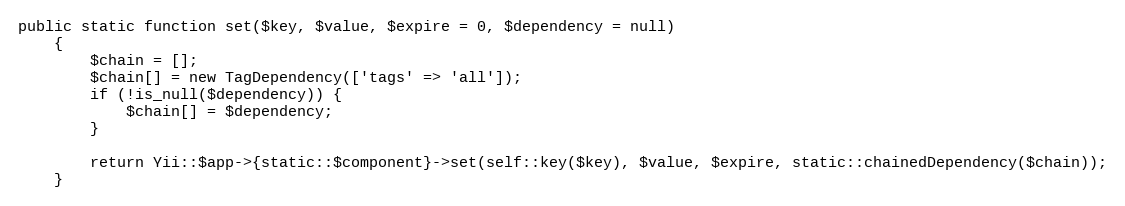
Language: PHP
public static function set($key, $value, $expire = 0, $dependency = null)
    {
        $chain = [];
        $chain[] = new TagDependency(['tags' => 'all']);
        if (!is_null($dependency)) {
            $chain[] = $dependency;
        }

        return Yii::$app->{static::$component}->set(self::key($key), $value, $expire, static::chainedDependency($chain));
    }